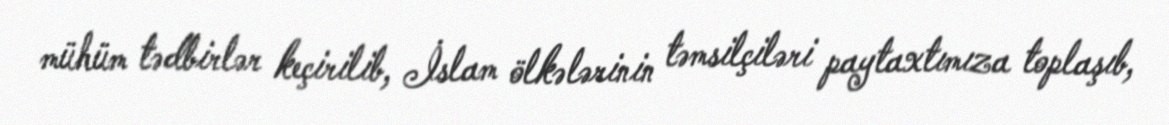
mühüm tədbirlər keçirilib, İslam ölkələrinin təmsilçiləri paytaxtımıza toplaşıb,